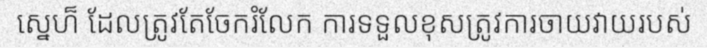
ស្នេហ៏ ដែលត្រូវតែចែករំលែក ការទទួលខុសត្រូវការចាយវាយរបស់